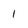
Character: 1